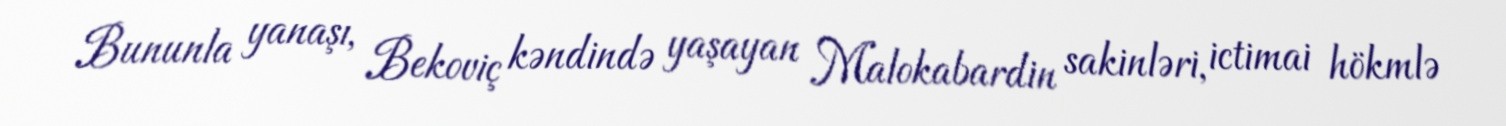
Bununla yanaşı, Bekoviç kəndində yaşayan Malokabardin sakinləri, ictimai hökmlə